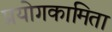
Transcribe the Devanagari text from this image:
प्रयोगकामिता